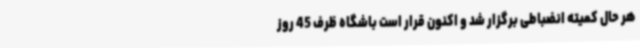
هر حال کمیته انضباطی برگزار شد و اکنون قرار است باشگاه ظرف 45 روز